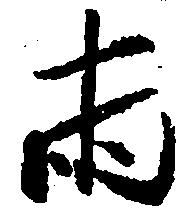
両